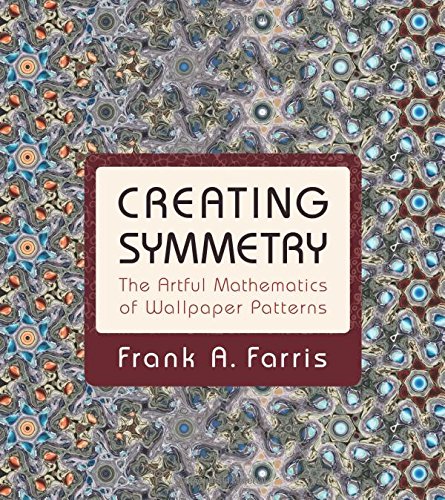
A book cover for Creating Symmetry: The Artful Mathematics of Wallpaper Patterns; Frank A. Farris; Humor & Entertainment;